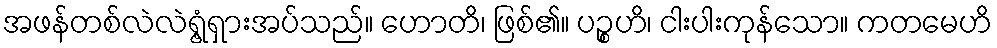
အဖန်တစ်လဲလဲရွံ့ရှားအပ်သည်။ ဟောတိ၊ ဖြစ်၏။ ပဉ္စဟိ၊ ငါးပါးကုန်သော။ ကတမေဟိ